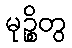
မုဉ္စိတွ